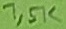
Text: 7,5K